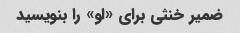
ضمیر خنثی برای «او» را بنویسید